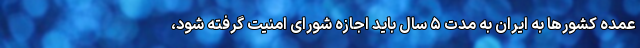
عمده کشورها به ایران به مدت ۵ سال باید اجازه شورای امنیت گرفته شود،